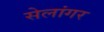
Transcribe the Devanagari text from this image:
सेलांगर